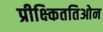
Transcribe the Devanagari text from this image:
प्रीक्ष्किततिओन